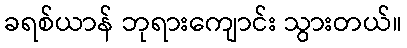
ခရစ်ယာန် ဘုရားကျောင်း သွားတယ်။